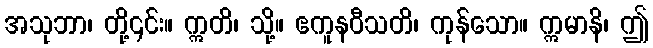
အသုဘာ၊ တို့၎င်း။ ဣတိ၊ သို့။ ဧကူနဝီသတိ၊ ကုန်သော။ ဣမာနိ၊ ဤ